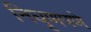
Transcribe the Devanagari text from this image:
निघृणपणे